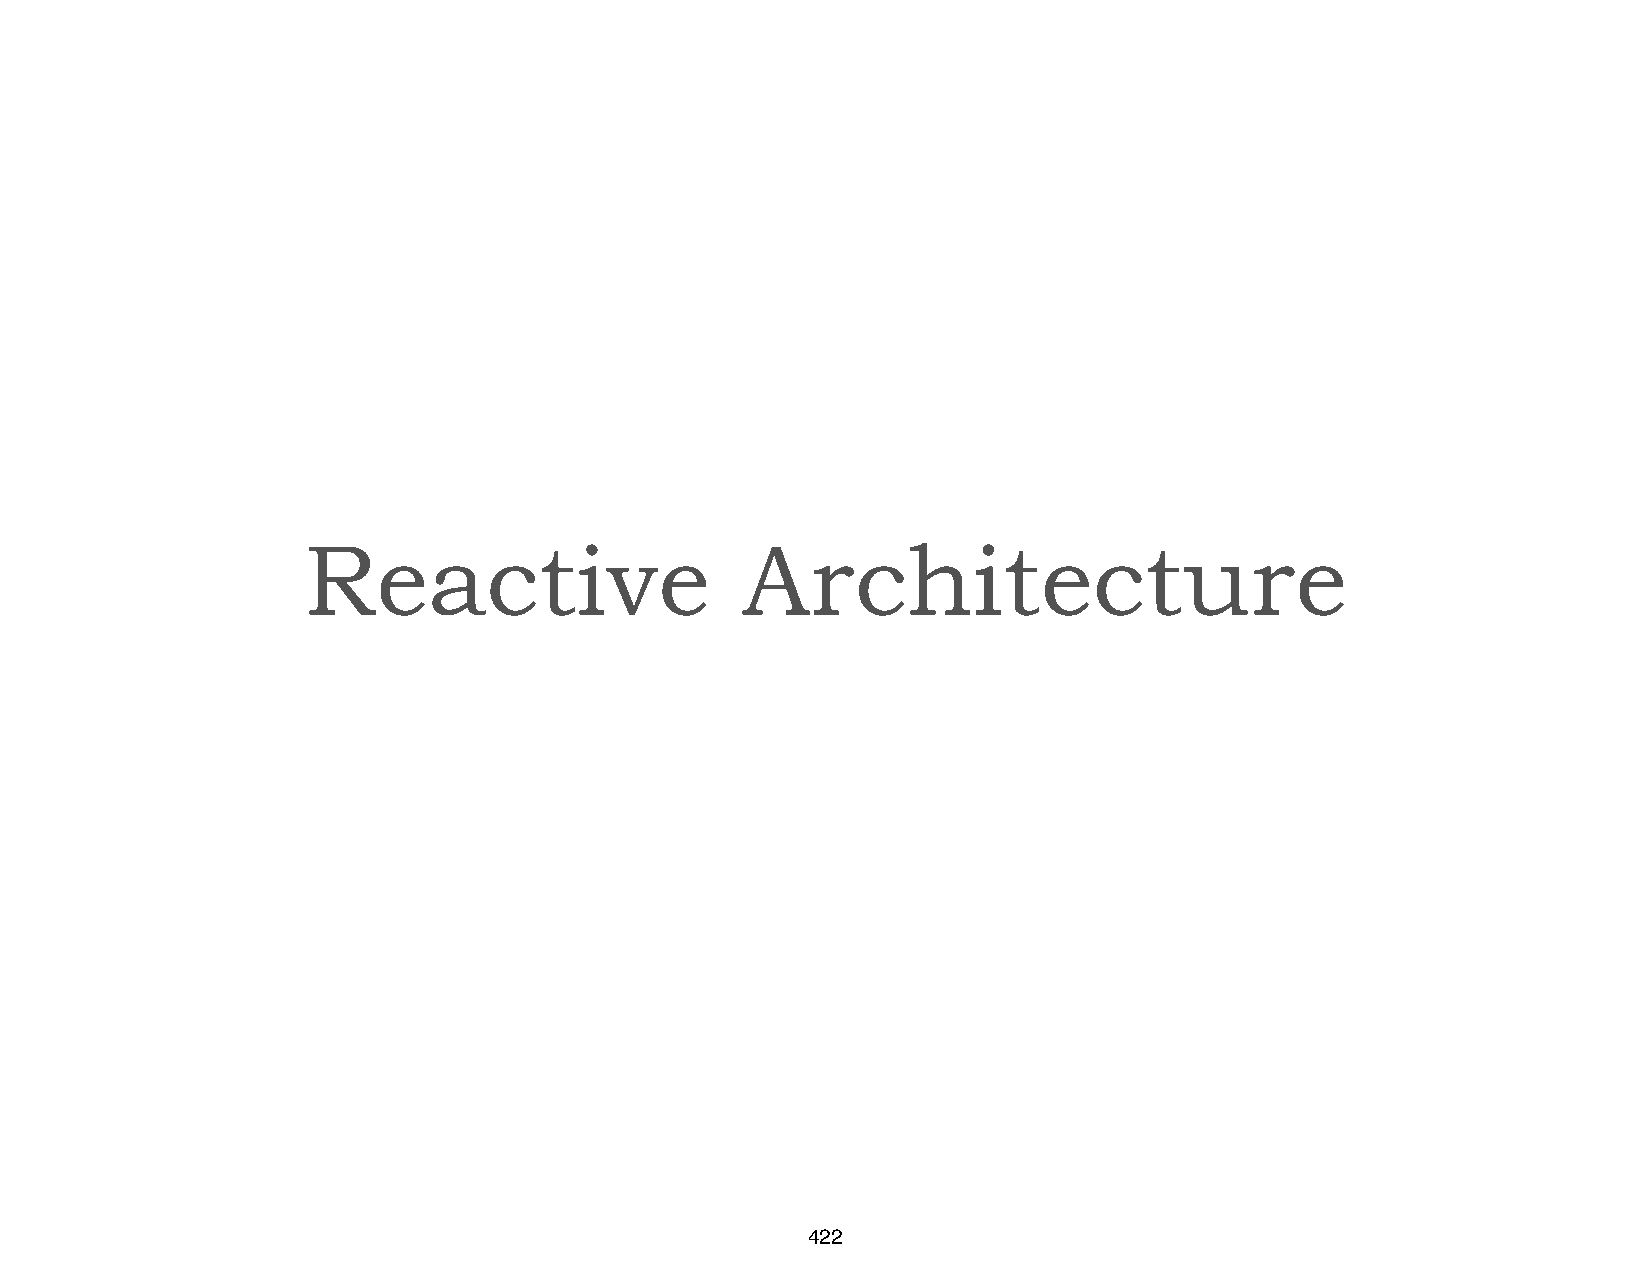
Reactive                     Architecture
 422